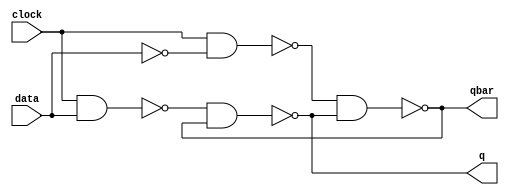
//Alan Achtenberg
//Lab 7
//Part 2

module Dlatch (q,qbar,clock,data);
	output q, qbar;
	input clock, data;
	wire nand1, nand2;
	wire databar;
	not #1	 (databar,data);
	nand #1 (nand1,clock, data);
	nand #1 (nand2,clock, databar);
	nand #1 (qbar,nand2,q);
	nand #1 (q,nand1,qbar);
	
endmodule

module m555(clock);
    parameter InitDelay = 10, Ton = 50, Toff = 50;
    output clock;
    reg clock;

    initial begin
        #InitDelay clock = 1;
    end

    always begin
        #Ton clock = ~clock;
        #Toff clock = ~clock;
    end
endmodule

module testD(q, qbar, clock, data);
    input  q, qbar, clock;
    output data;
    reg    data;

    initial begin
        $monitor ($time, " q = %d, qbar = %d, clock = %d, data = %d", q, qbar, clock, data);
        data = 0;
        #25  
        data = 1;
        #100 
        data = 0;
        #50 
        data = 1;
        #50 
        data = 0;
        #100 
        data = 1;
        #50 
        data = 0;
        #50 
        data = 1;
        #100
        $finish; /* $finish simulation after 100 time simulation units */
    end
endmodule

module testBenchD;
    wire clock, q, qbar, data;
    m555 clk(clock);
    Dlatch dl(q, qbar, clock, data);
    testD td(q, qbar, clock, data);
endmodule